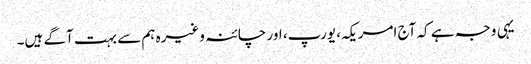
یہی وجہ ہے کہ آج امریکہ، یورپ، اور چائنہ وغیرہ ہم سے بہت آگے ہیں۔